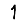
Digit: 1